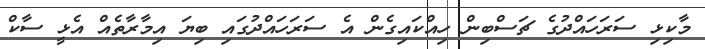
މާކިޅި ސަރަހައްދުގެ ޗަސްބިން ހިއްކައިގެން އެ ސަރަހައްދުގައި ބިޔަ އިމާރާތެއް އެޅީ ސާކް